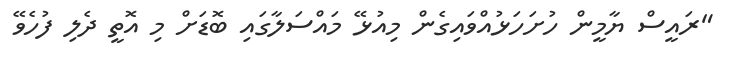
"ރައީސް ޔާމީން ހުށަހަޅުއްވައިގެން މިއުޅޭ މައްސަލާގައި ބޮޑަށް މި އޮތީ ދެލި ފުހެވޭ